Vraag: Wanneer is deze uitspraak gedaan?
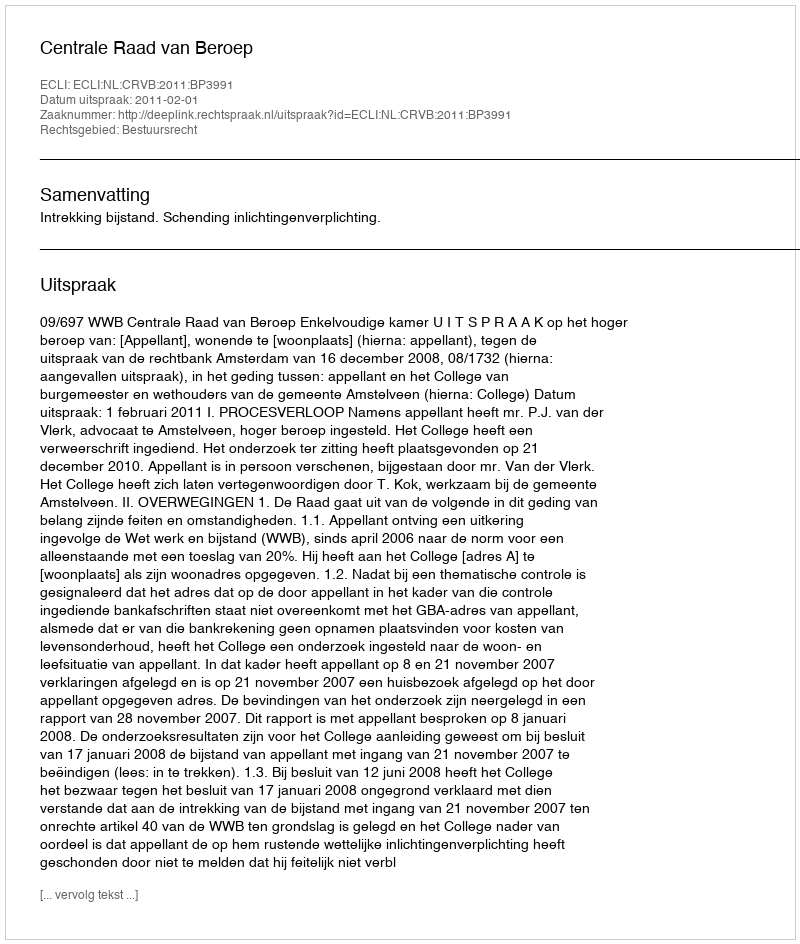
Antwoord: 2011-02-01